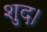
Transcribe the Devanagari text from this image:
शुद।